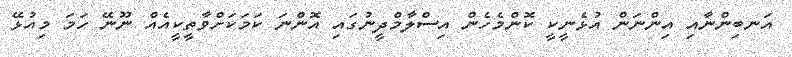
އަނބިންނާއި އިންނަން އުޅެނީކީ ކޮންމެހެން އިސްލާމްދީނުގައި އޮންނަ ކަމަކަށްވާތީކީއެއް ނޫނޭ ހަމަ މިއުޅޭ